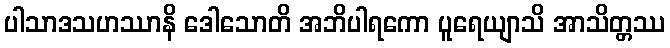
ပါသာဒသဟဿာနိ ဒေါသောတိ အဘိပါရကော ပူရေယျာသိ အာသိတ္တဿ